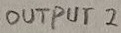
Text: OUTPUT 2